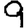
Digit: 9